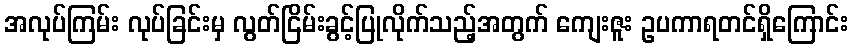
အလုပ်ကြမ်း လုပ်ခြင်းမှ လွတ်ငြိမ်းခွင့်ပြုလိုက်သည့်အတွက် ကျေးဇူး ဥပကာရတင်ရှိကြောင်း